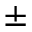
\pm